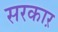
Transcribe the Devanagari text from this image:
सरकाऱ